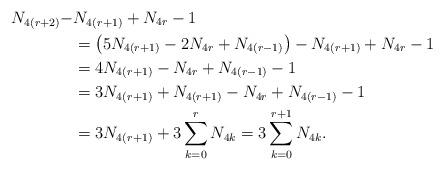
LaTeX: \begin{align*}N_{4(r+2)}-&N_{4(r+1)}+N_{4r}-1\\&=\left(5N_{4(r+1)}-2N_{4r}+N_{4(r-1)}\right) -N_{4(r+1)}+N_{4r}-1 \\&=4N_{4(r+1)}-N_{4r}+N_{4(r-1)}-1\\&=3N_{4(r+1)}+N_{4(r+1)}-N_{4r}+N_{4(r-1)}-1\\&=3N_{4(r+1)}+3\sum_{k=0}^{r}N_{4k}=3\sum_{k=0}^{r+1}N_{4k}.\end{align*}